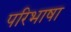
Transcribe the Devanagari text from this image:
परिभाषा